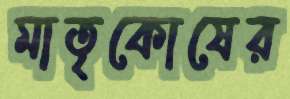
মাতৃকোষের